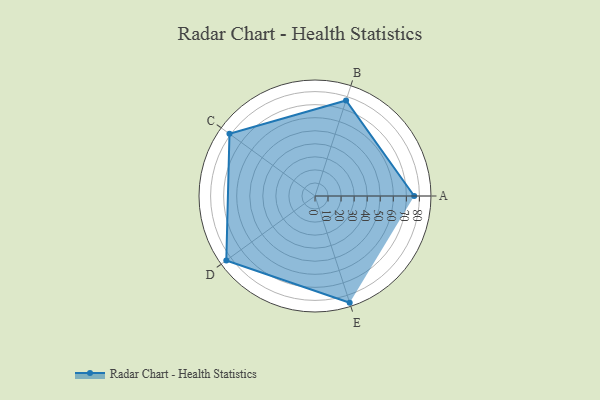
{"axis": {"x": "Skill", "y": "Score"}, "legend": ["Profile"], "data": [{"x": "A", "y": 76.0, "type": "Profile"}, {"x": "B", "y": 77.0, "type": "Profile"}, {"x": "C", "y": 81.0, "type": "Profile"}, {"x": "D", "y": 84.0, "type": "Profile"}, {"x": "E", "y": 86.0, "type": "Profile"}]}